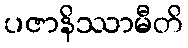
ပဇာနိဿာမီတိ